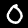
Label: 0